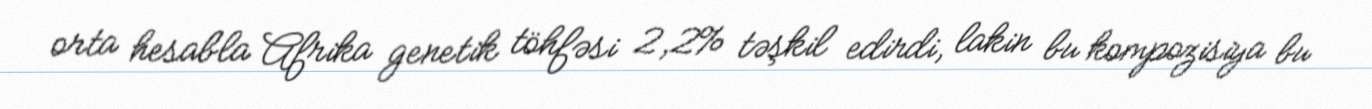
orta hesabla Afrika genetik töhfəsi 2,2% təşkil edirdi, lakin bu kompozisiya bu